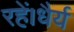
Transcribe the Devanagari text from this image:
रहें।धैर्य